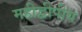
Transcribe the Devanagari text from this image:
महीद्वीपीय